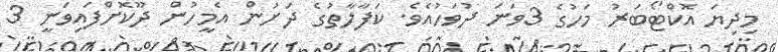
މިދިޔަ އޮކްޓޯބަރު މަހުގެ 3ވަނަ ދުވަހުއެވެ. ކަފާލާތުގެ ދަށުން އެމީހުން ދޫކޮށްފައިވަނީ 3